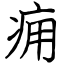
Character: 痈